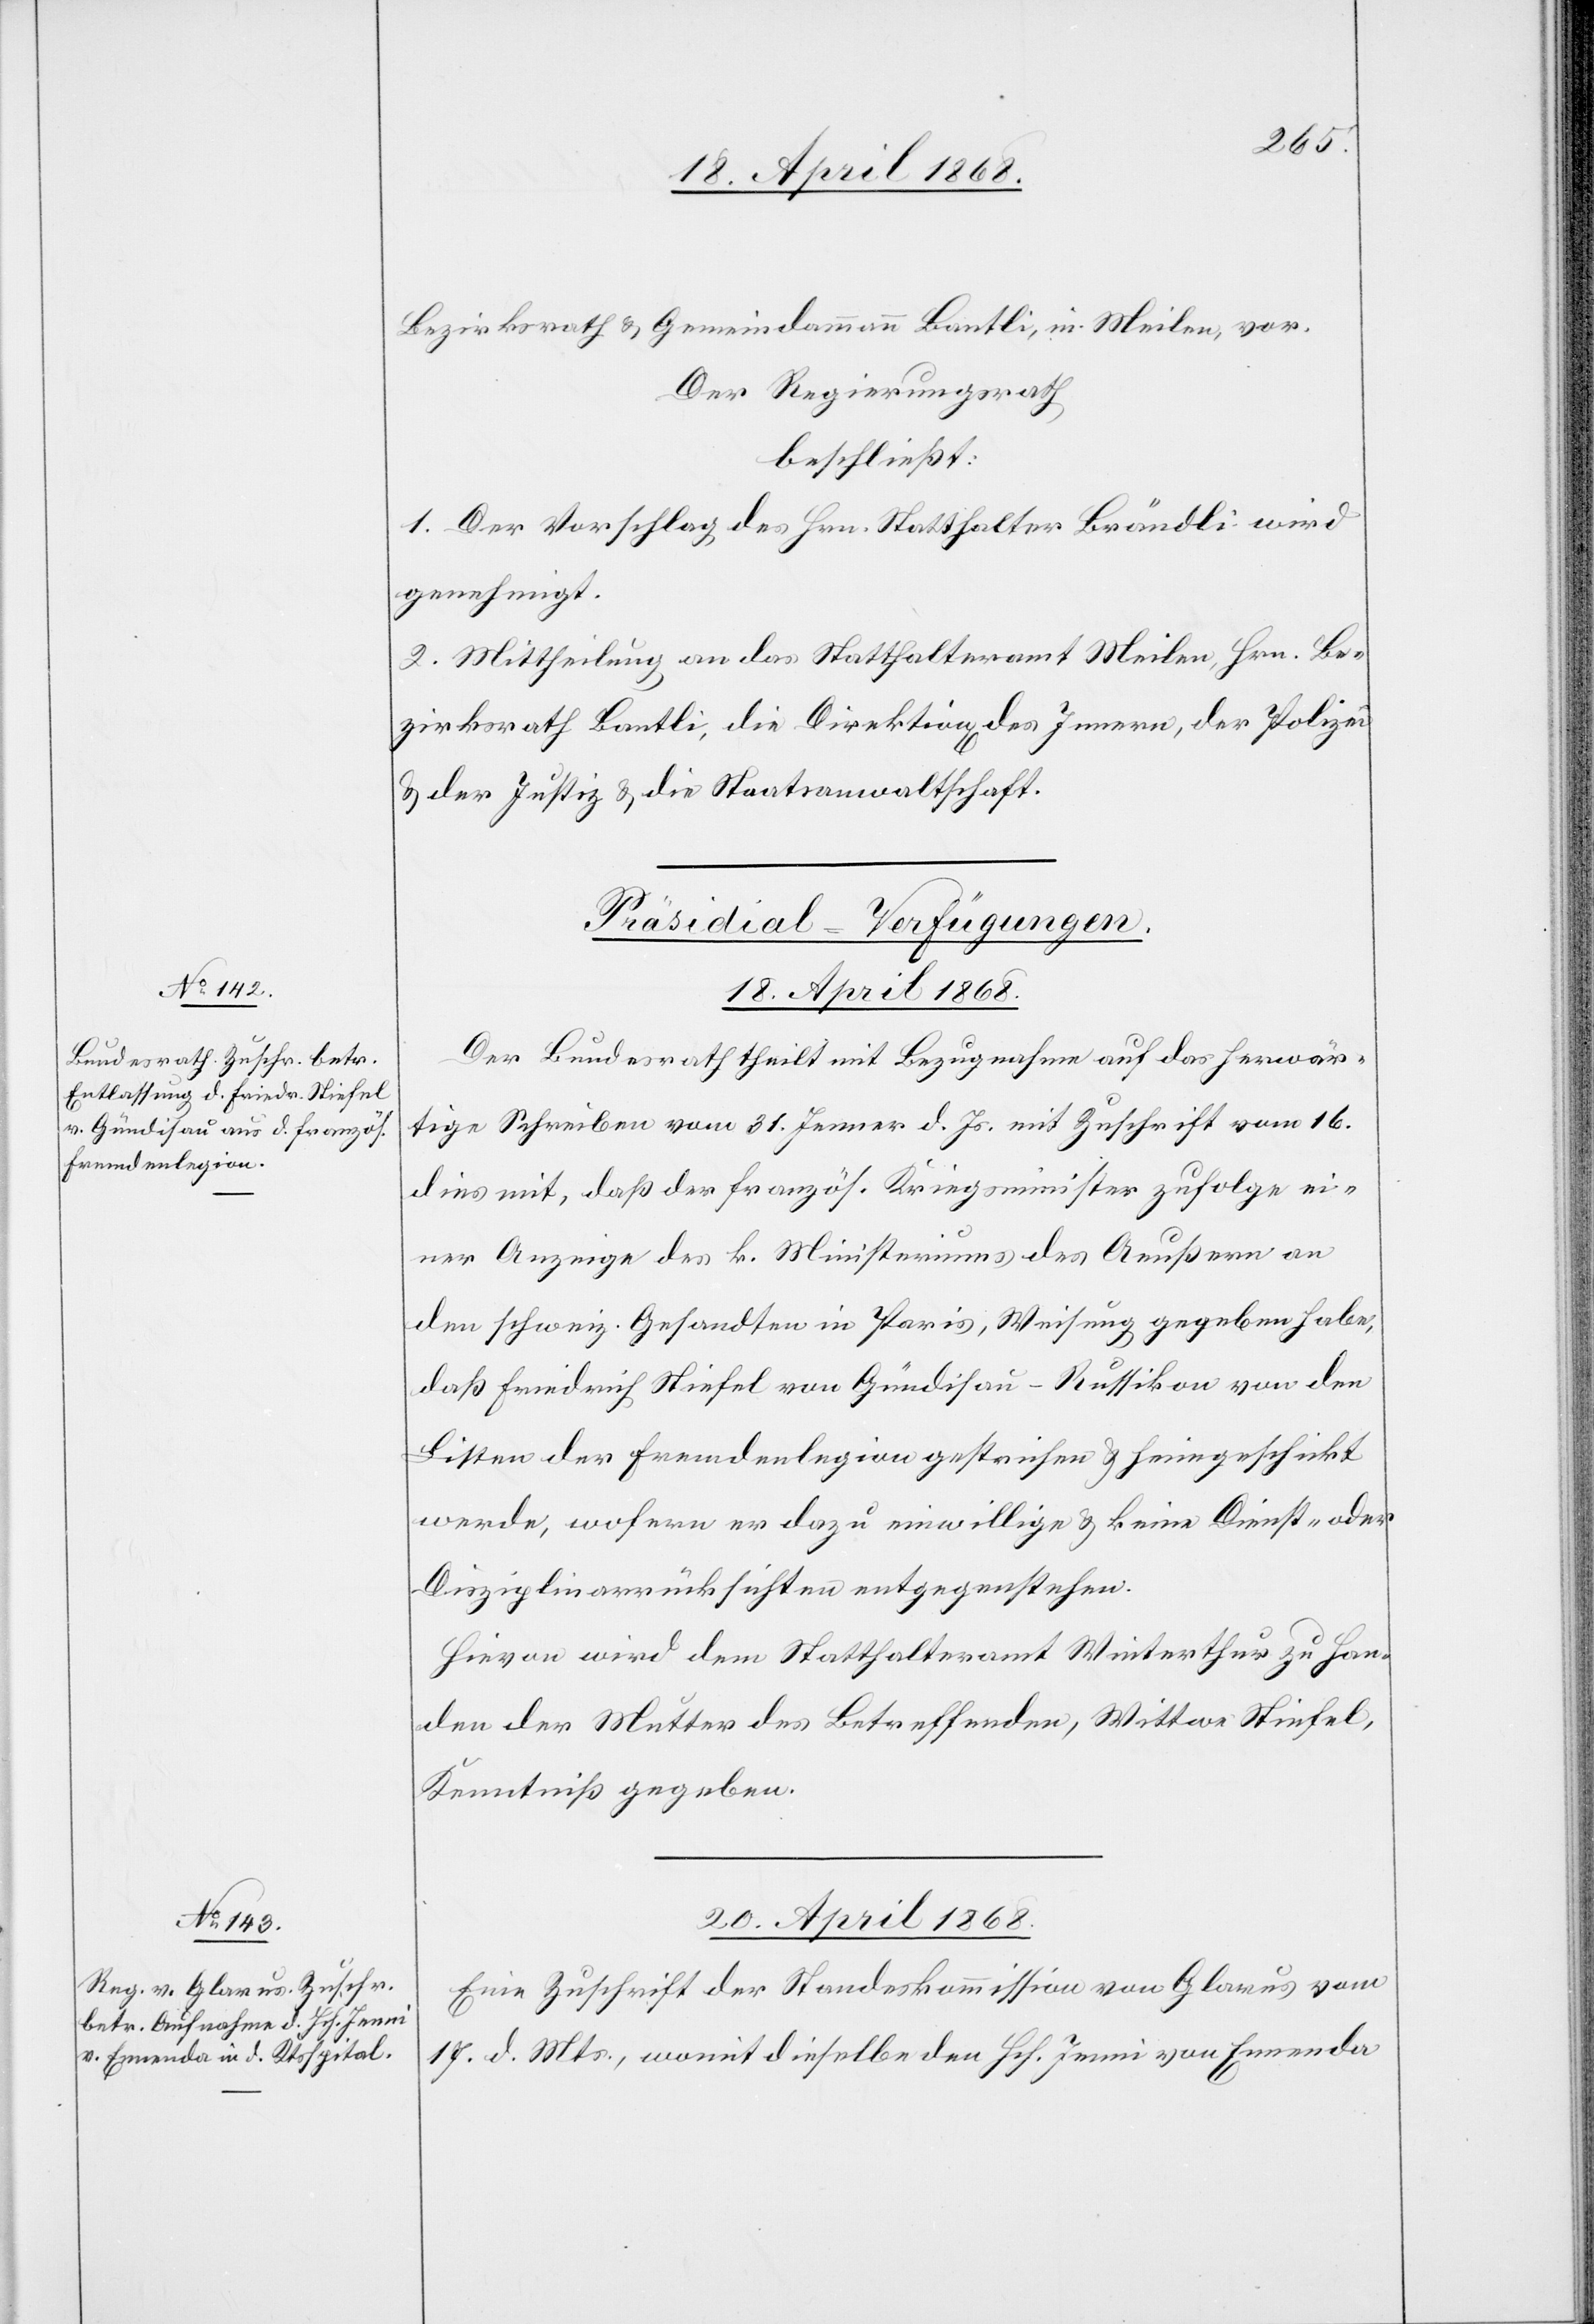
Bezirksrath & Gemeindammann Bantli, in Meilen, vor.
Der Regierungsrath
beschließt:
1. Der Vorschlag des Hrn. Statthalter Brändli wird
genehmigt.
2. Mittheilung an das Statthalteramt Meilen, Hrn. Be¬
zirksrath Bantli, die Direktion[en] des Innern, der Polizei
& der Justiz & die Staatsanwaltschaft.
[Präsidial-Verfügungen.]
18. April 1868.
Der Bundesrath theilt mit Bezugnahme auf das herwär¬
tige Schreiben vom 31. Jenner d. Js. mit Zuschrift vom 16.
dies mit, daß der französ. Kriegsminister zufolge ei¬
ner Anzeige des k. Ministeriums des Aeußern an
den schweiz. Gesandten in Paris, Weisung gegeben habe,
daß Friedrich Stiefel von Gündisau-Russikon von den
Listen der Fremdenlegion gestrichen & heimgeschickt
werde, wofern er dazu einwillige & keine Dienst- oder
Disziplinarrücksichten entgegenstehen.
Hievon wird dem Statthalteramt Winterthur zu Han¬
den der Mutter des Betreffenden, Wittwe Stiefel,
Kenntniß gegeben.
20. April 1868.
Eine Zuschrift der Standeskommission von Glarus vom
17. d. Mts., womit dieselbe den Hch. Jenni von Ennenda